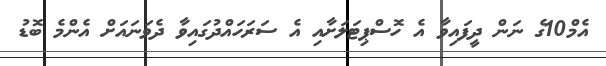
އެމް10ގެ ނަން ދީފައިވާ އެ ހޮސްޕިޓަލަށާއި އެ ސަރަހައްދުގައިވާ ދެވަނައަށް އެންމެ ބޮޑު